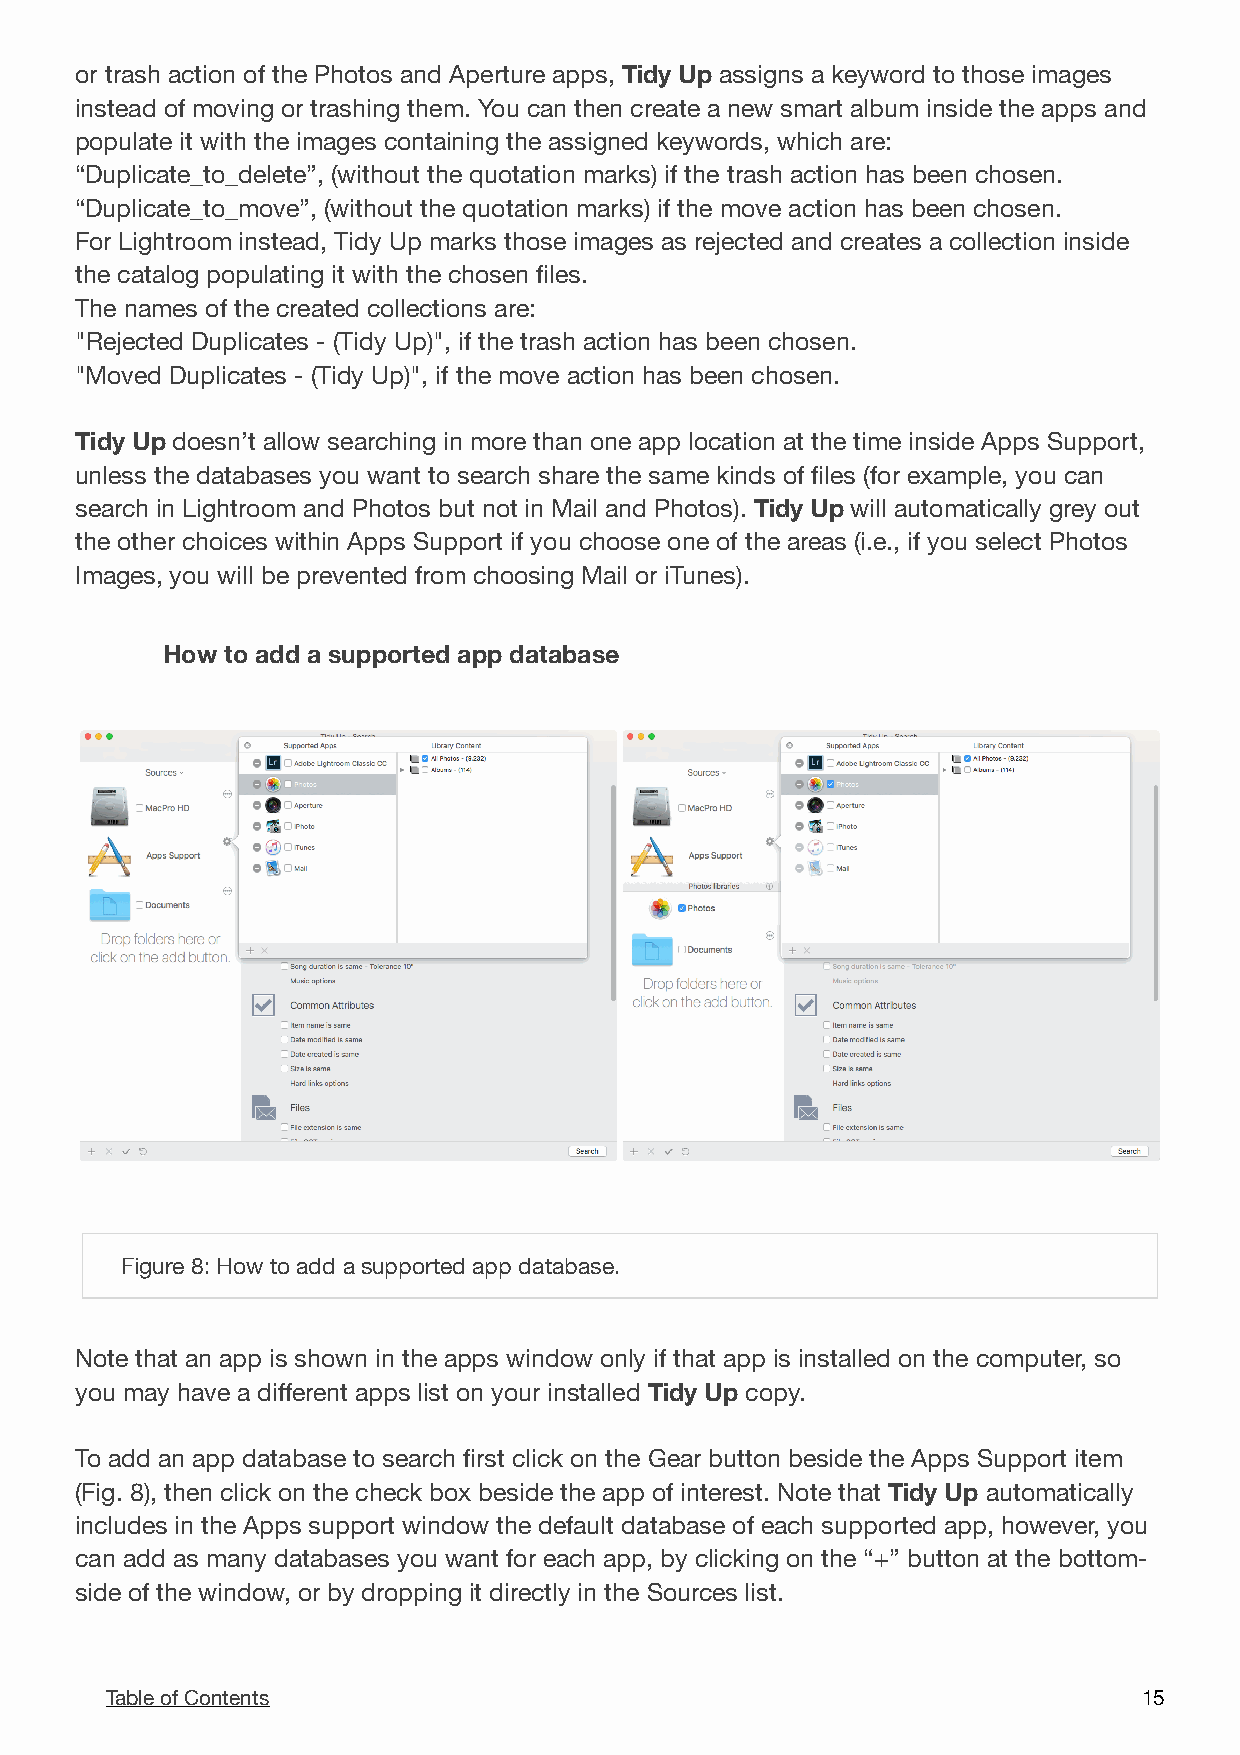
or trash action of the Photos and Aperture apps, Tidy Up assigns a keyword to those images
 instead of moving or trashing them. You can then create a new smart album inside the apps and
 populate it with the images containing the assigned keywords, which are:
 “Duplicate_to_delete”, (without the quotation marks) if the trash action has been chosen.
 “Duplicate_to_move”, (without the quotation marks) if the move action has been chosen.
 For Lightroom instead, Tidy Up marks those images as rejected and creates a collection inside
 the catalog populating it with the chosen files.
 The names of the created collections are:
 "Rejected Duplicates - (Tidy Up)", if the trash action has been chosen.
 "Moved Duplicates - (Tidy Up)", if the move action has been chosen.
 Tidy Up doesn’t allow searching in more than one app location at the time inside Apps Support,
 unless the databases you want to search share the same kinds of files (for example, you can
 search in Lightroom and Photos but not in Mail and Photos). Tidy Up will automatically grey out
 the other choices within Apps Support if you choose one of the areas (i.e., if you select Photos
 Images, you will be prevented from choosing Mail or iTunes).
 How to add a supported app database
 !
 Figure 8: How to add a supported app database.
 Note that an app is shown in the apps window only if that app is installed on the computer, so
 you may have a different apps list on your installed Tidy Up copy.
 To add an app database to search first click on the Gear button beside the Apps Support item
 (Fig. 8), then click on the check box beside the app of interest. Note that Tidy Up automatically
 includes in the Apps support window the default database of each supported app, however, you
 can add as many databases you want for each app, by clicking on the “+” button at the bottom-
 side of the window, or by dropping it directly in the Sources list.
 Table of Contents                                                    1 5